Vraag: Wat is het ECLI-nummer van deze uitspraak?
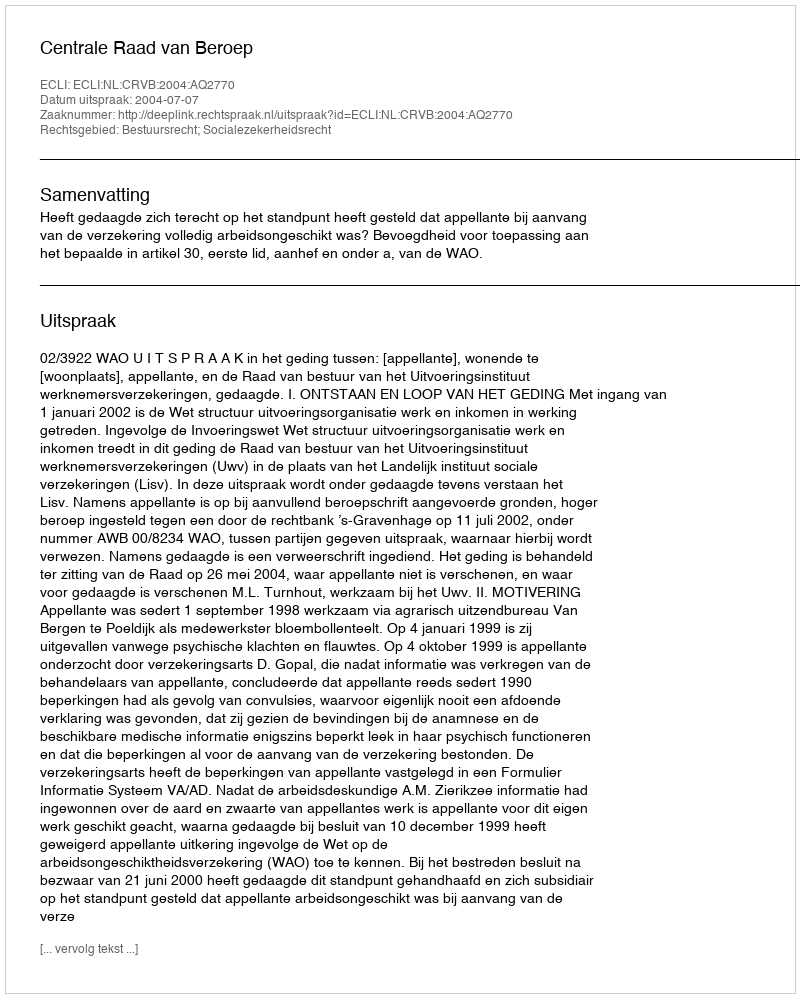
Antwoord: ECLI:NL:CRVB:2004:AQ2770